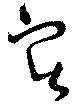
實